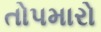
તોપમારો